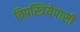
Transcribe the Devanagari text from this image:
विप्रस्त्रियेपासी